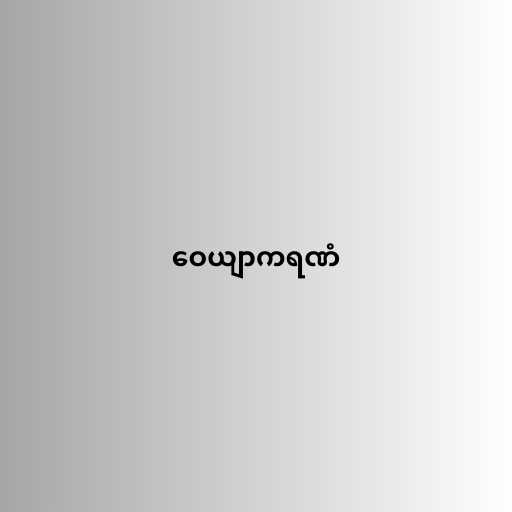
ဝေယျာကရဏံ